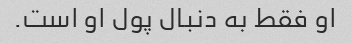
او فقط به دنبال پول او است.